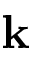
{ \bf k }